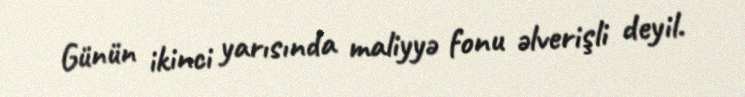
Günün ikinci yarısında maliyyə fonu əlverişli deyil.